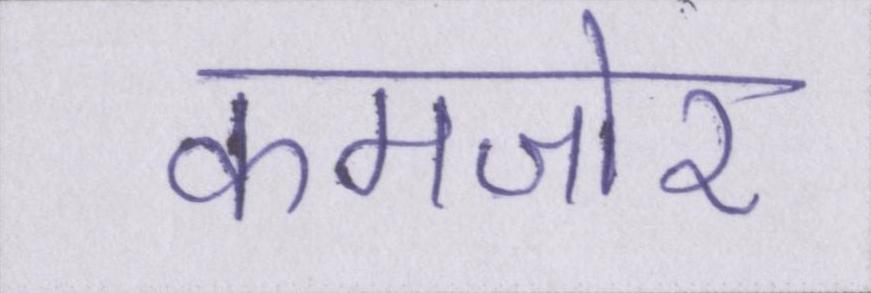
कमजोर